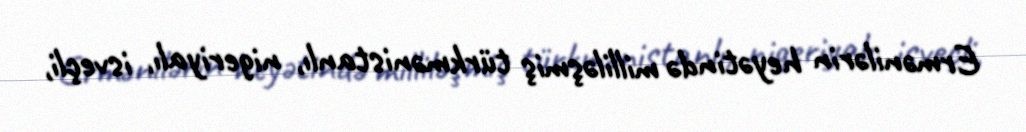
Ermənilərin heyətində milliləşmiş türkmənistanlı, nigeriyalı, isveçli,